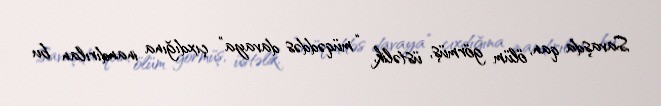
Savaşda qan, ölüm görmüş, üstəlik, “müqəddəs davaya” çıxdığına inandırılan bu